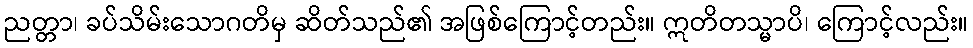
ညတ္တာ၊ ခပ်သိမ်းသောဂတိမှ ဆိတ်သည်၏ အဖြစ်ကြောင့်တည်း။ ဣတိတသ္မာပိ၊ ကြောင့်လည်း။